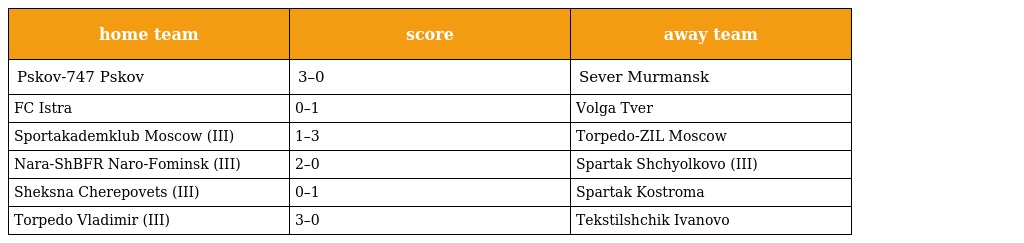
| home team | score | away team |
 | --- | --- | --- |
 | Pskov-747 Pskov | 3–0 | Sever Murmansk |
 | FC Istra | 0–1 | Volga Tver |
 | Sportakademklub Moscow (III) | 1–3 | Torpedo-ZIL Moscow |
 | Nara-ShBFR Naro-Fominsk (III) | 2–0 | Spartak Shchyolkovo (III) |
 | Sheksna Cherepovets (III) | 0–1 | Spartak Kostroma |
 | Torpedo Vladimir (III) | 3–0 | Tekstilshchik Ivanovo |